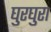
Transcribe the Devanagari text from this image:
घुरघुरा